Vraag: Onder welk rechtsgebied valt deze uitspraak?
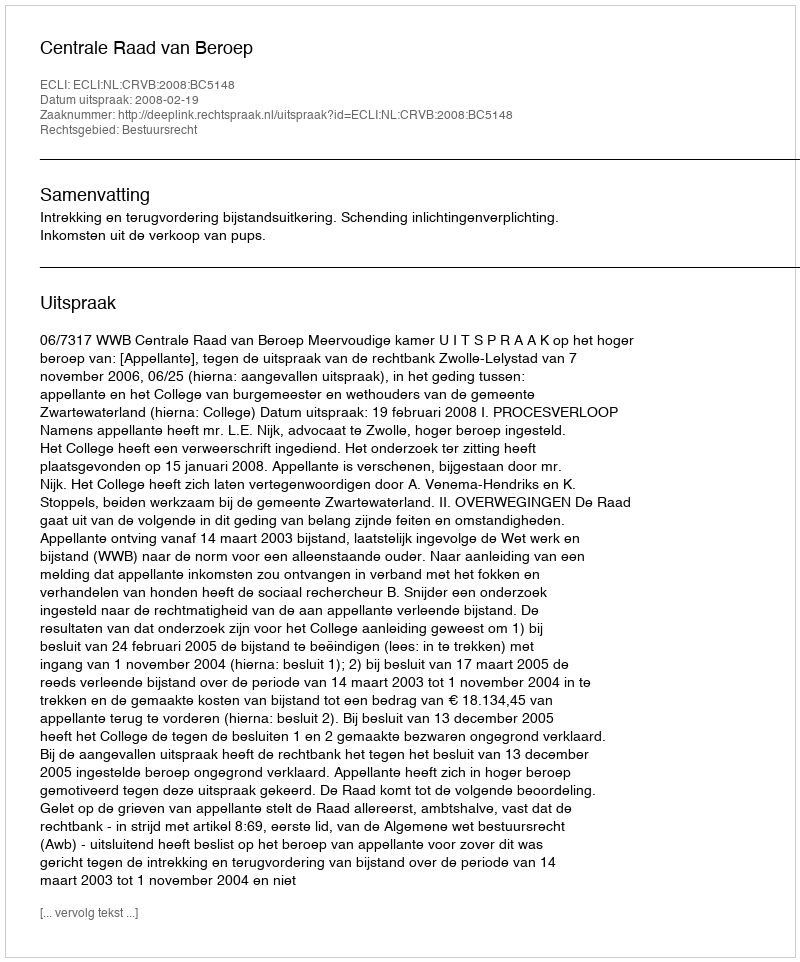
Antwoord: Bestuursrecht